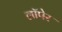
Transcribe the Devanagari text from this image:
लॉपेर